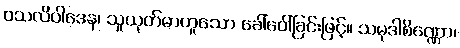
ဝသလိဝါဒေန၊ သူယုတ်မာဟူသော ခေါ်ဝေါ်ခြင်းဖြင့်။ သမုဒါစိဏ္ဏော၊